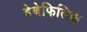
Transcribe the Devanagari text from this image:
हेबेफिलिक